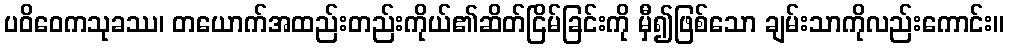
ပဝိဝေကသုခဿ၊ တယောက်အထည်းတည်းကိုယ်၏ဆိတ်ငြိမ်ခြင်းကို မှီ၍ဖြစ်သော ချမ်းသာကိုလည်းကောင်း။